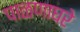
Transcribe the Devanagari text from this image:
पाळणाघरे